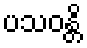
ပသဝန္တိ